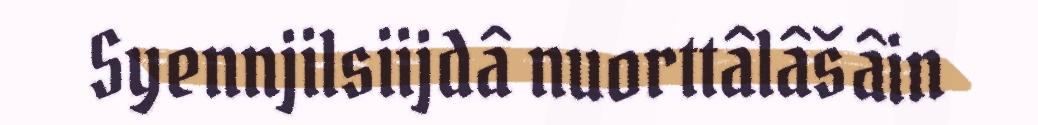
Syennjilsiijdâ nuorttâlâšâin